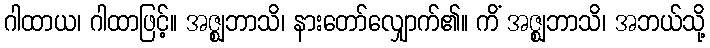
ဂါထာယ၊ ဂါထာဖြင့်။ အဇ္ဈဘာသိ၊ နားတော်လျှောက်၏။ ကိံ အဇ္ဈဘာသိ၊ အဘယ်သို့